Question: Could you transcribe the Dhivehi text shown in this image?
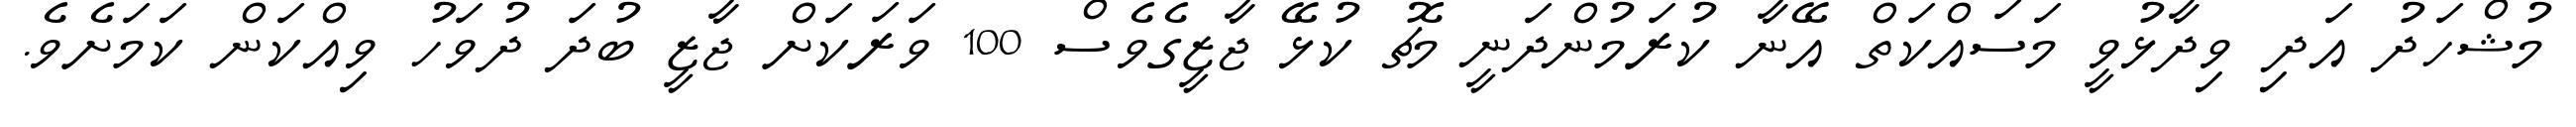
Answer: މުޝްހަދު އަދި ވިދާޅުވީ މަސައްކަތް އޭނާ ކުރަމުންދަނީ މެޗު ކުޅޭ ޖާޒީގެވެސް 100 ވަރަކަށް ޖާޒީ ބުދަ ދުވަހު ވިއްކަން ކަމަށެވެ.